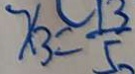
x _ { 3 } = \frac { 1 3 } { 5 }